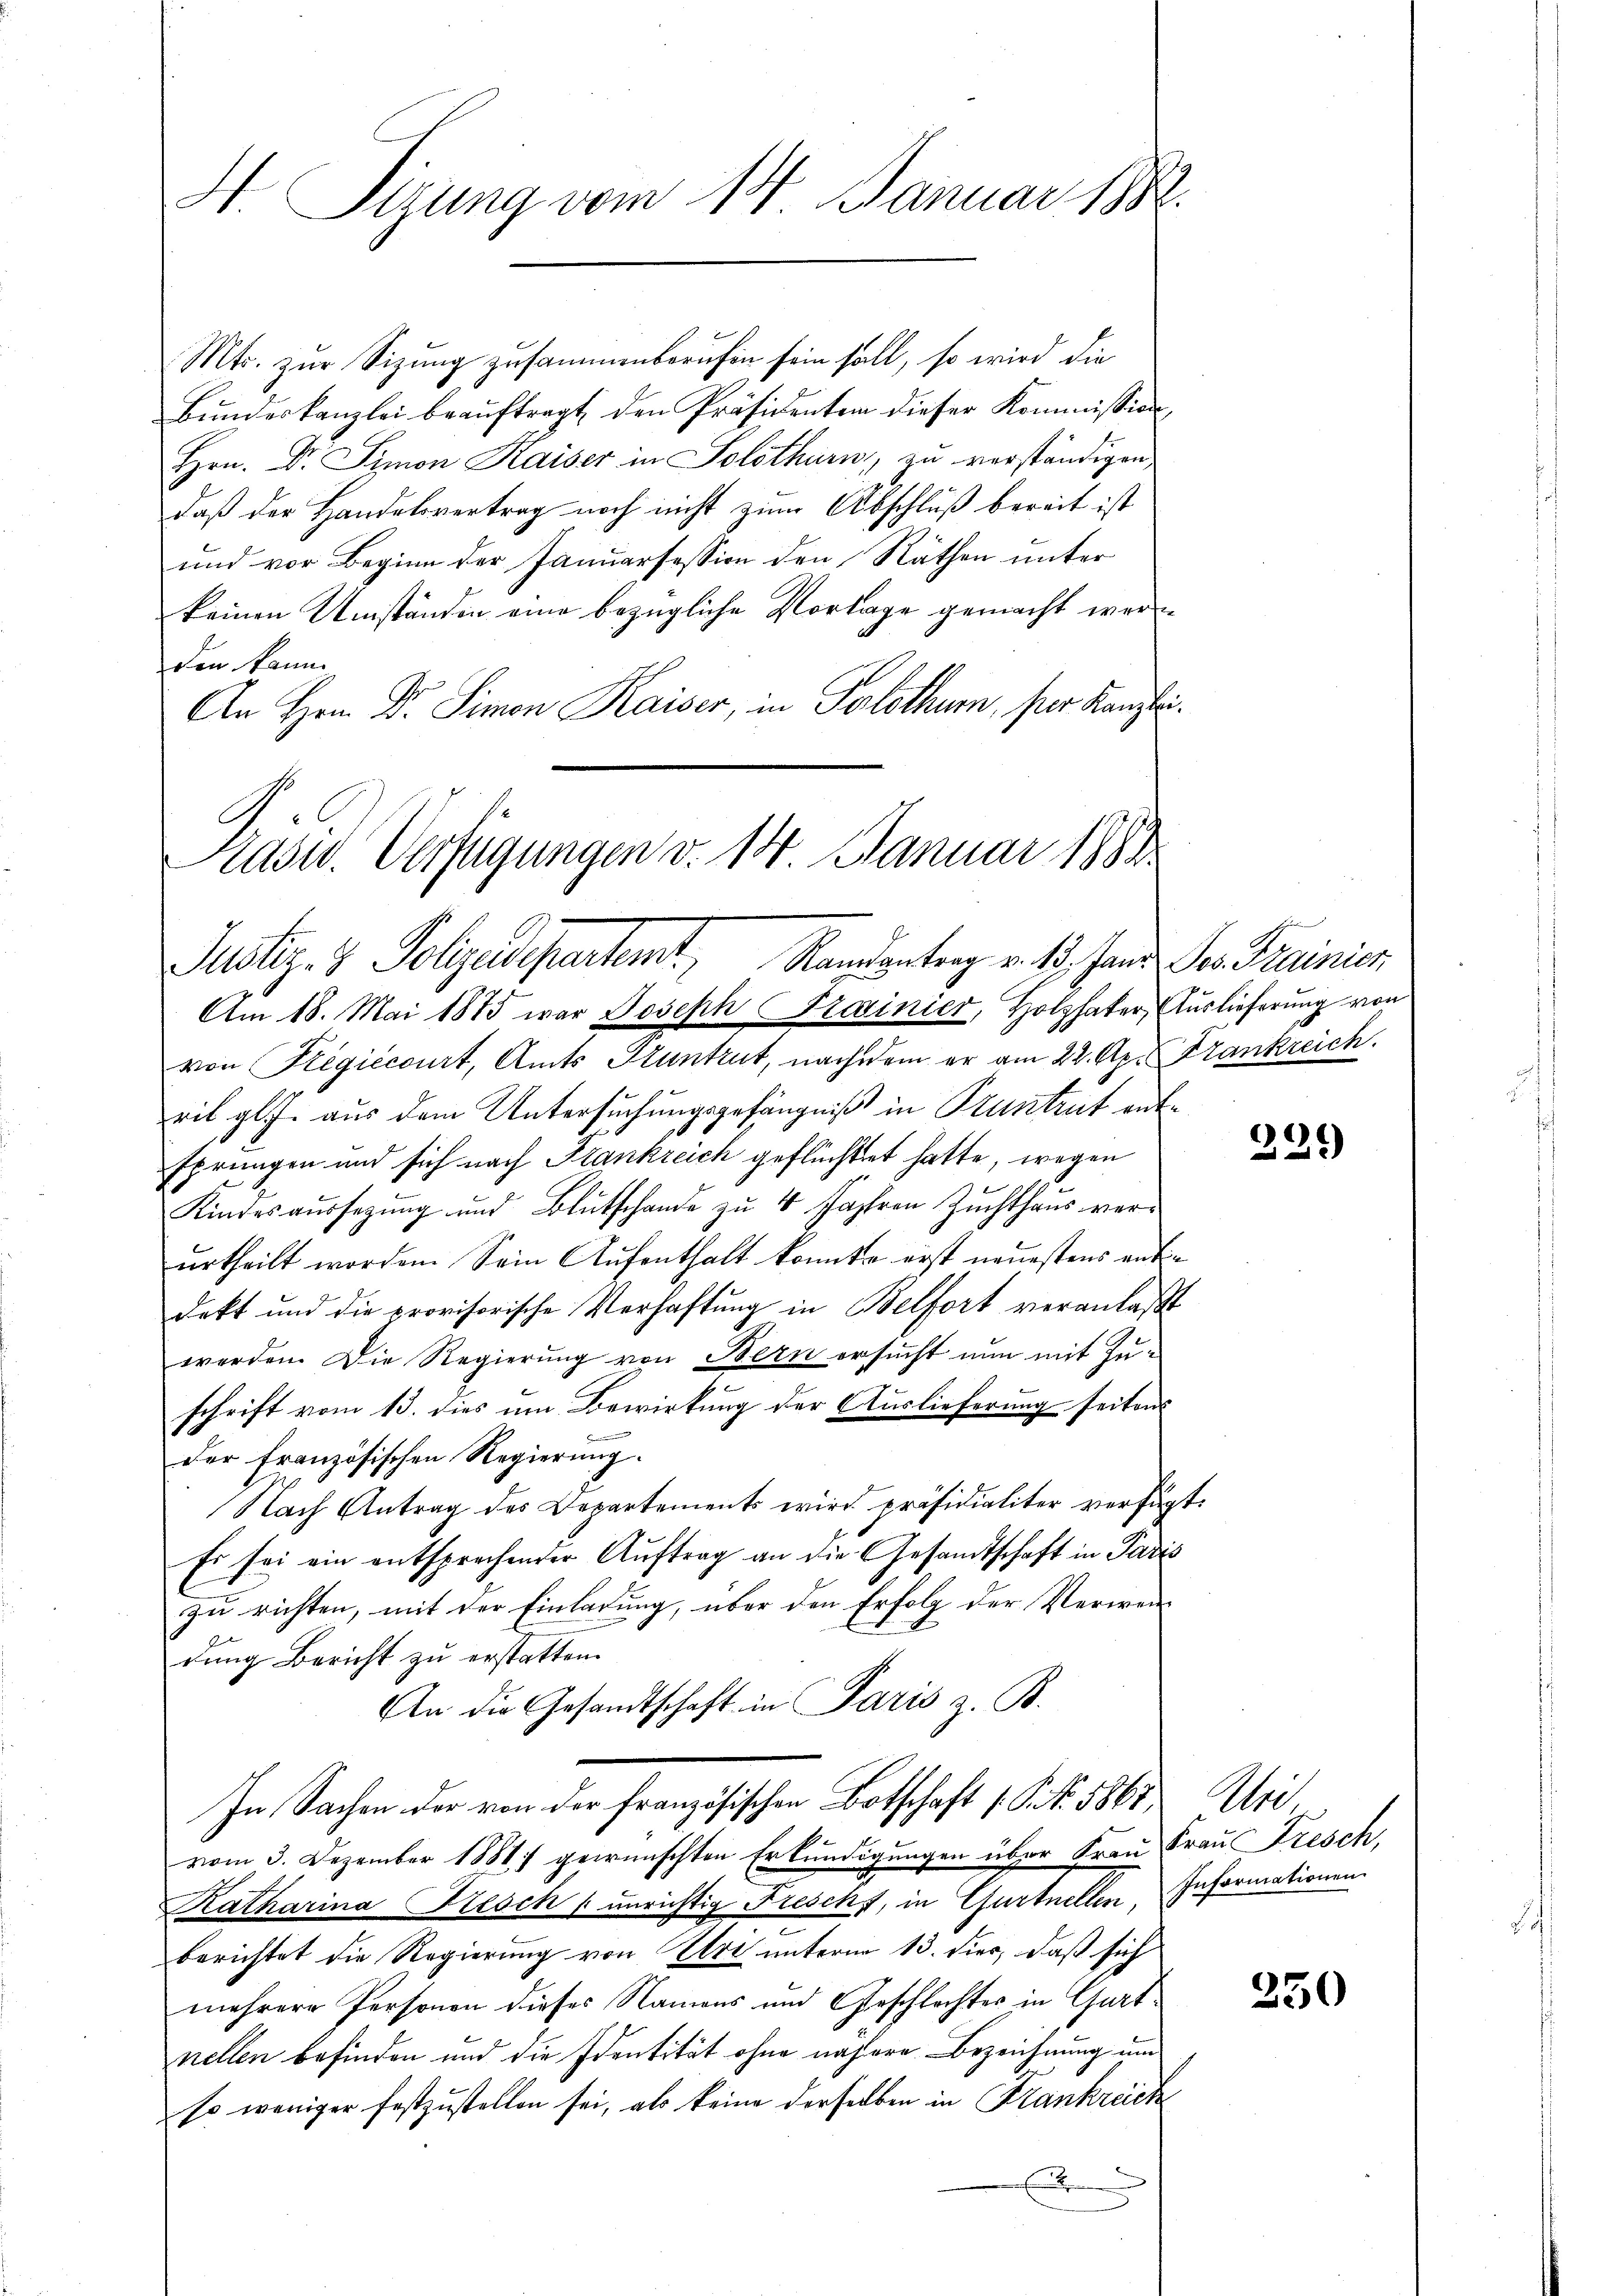
H Sizung vom 14. Januar 1882.

Mts. zur Sizung zusammenberufen sein soll, so wird die
Bŭndeskanzlei beaŭftragt den Präsidenten dieser Kommission
Hrn. Dr. Simon Kaiser in Solothurn, zu verständigen
daß der Handelsvertrag noch nicht zum Abschluß bereit ist
und vor Beginn der Januarsession den Räthen unter
keinen Umständen eine bezügliche Vorlage gemacht werden kann
An Hrn. Dr. Simon Kaiser, in Solothum, per Kanzli¬

Präsid. Verfügungen v. 14. Januar 1881
Justiz- & Polizadepartemt, Randantrag v. 13. Jan. Der Trainier

Am 18. Mai 1875 war Joseph Frainier, Holzhater Auslieferung von
von Fregiecourt, Amts Huntrut, nachdem er am 22. Apr Frankreich.
ril gl. J. aus dem Untersuchungsgefängniß in Pruntrut ent¬
Eprungen und sich nach Frankreich geflüchtet hatte, wegen
Kinderaŭssezŭng und Blutschande zŭ 4 Jahren Zŭchthaŭs ver-
urtheilt worden. Sein Aufenthalt konnte erst neuestens aufdekt und die provisorische Verhaftung in Belfort veranlaßt
werden. Die Regierung von Bern ersucht nun mit Zuschrift vom 13. dies um Bewirkung der Auslieferung seitens
.
der französischen Regierung.
Nach Antrag des Departements wird präsidialiter verfügt:
Es sei ein entsprechender Auftrag an die Gesandtschaft in Paris
zu richten, mit der Einladung, über den Erfolg der Verwendung Bericht zu erstatten.
An die Gesandtschaft in Paris z. B.
In Sachen der von der französischen Botschaft (S. Nr. 5867, Uri
b.
vom 3. Dezember 1881 gewünschten Erkundigungen über Frau Frau Fresch
Katharina Nesch unrichtig Frescks, in Gurtnellen Informationen
berichtet die Regierung von Uri unterm 13. dies, daß sich
mehrere Personen dieses Namens und Geschlachtes in Gurtnellen befinden und die Identität ohne nähere Bezeichnung und
so weniger festzustellen sei, als keine derselben in Krankreich
E

221)

250